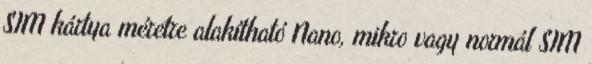
SIM kártya méretre alakítható Nano, mikro vagy normál SIM